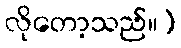
လိုတော့သည်။)